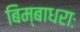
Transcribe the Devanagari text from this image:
बिम्बाधराः